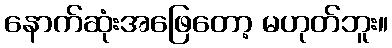
နောက်ဆုံးအဖြေတော့ မဟုတ်ဘူး။